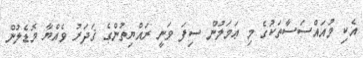
އެކި މުއައްސަސާތަކުގެ މި ޢަމަލުން ސިފަ ވަނީ ރައްޔިތުންގެ ޤަދަރު ވެއްޔާ މޮޑެލުން